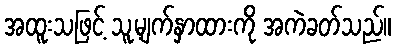
အထူးသဖြင့် သူ့မျက်နှာထားကို အကဲခတ်သည်။